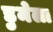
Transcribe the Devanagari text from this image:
डुमेला